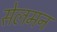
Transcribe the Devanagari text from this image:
सेलमन